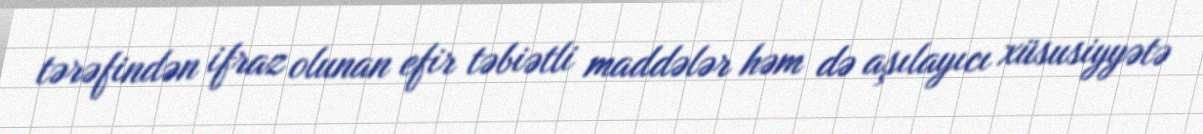
tərəfindən ifraz olunan efir təbiətli maddələr həm də aşılayıcı xüsusiyyətə